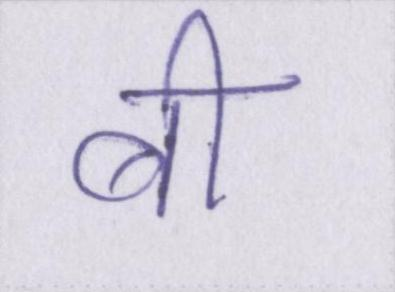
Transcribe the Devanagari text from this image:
बी